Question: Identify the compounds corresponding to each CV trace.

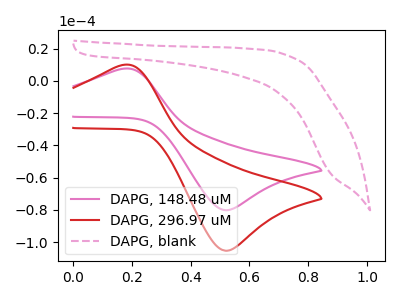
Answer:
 <answer>The pink curve is labeled "DAPG, 148.48 uM". The red curve is labeled "DAPG, 296.97 uM". The pink dashed curve is labeled "DAPG, blank".</answer>
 <eval></eval>